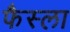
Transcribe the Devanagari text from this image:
फैस्ला